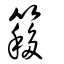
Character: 簃